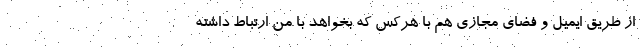
از طريق ايميل و فضاي مجازي هم با هركس كه بخواهد با من ارتباط داشته